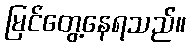
မြင်တွေ့နေရသည်။